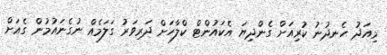
މިއަދު ހެނދުނު ކުރިއަށް ގެންދިޔަ އެކައުންޓް ކްލާހަށް ދަރިވަރު ގަލަމެއް ނުގެނައުމުން ގެއަށް